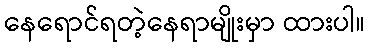
နေရောင်ရတဲ့နေရာမျိုးမှာ ထားပါ။